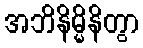
အဘိနိမ္မိနိတွာ